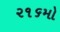
૨૧૬મો